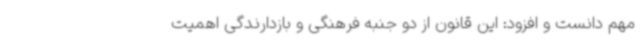
مهم دانست و افزود: این قانون از دو جنبه‌ فرهنگی و بازدارندگی اهمیت